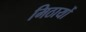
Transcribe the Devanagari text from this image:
मिठायों